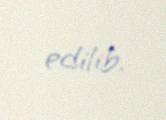
edilib.